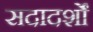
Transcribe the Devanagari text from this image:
सदादर्शों